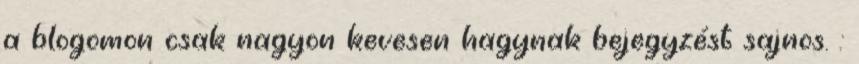
a blogomon csak nagyon kevesen hagynak bejegyzést sajnos. :